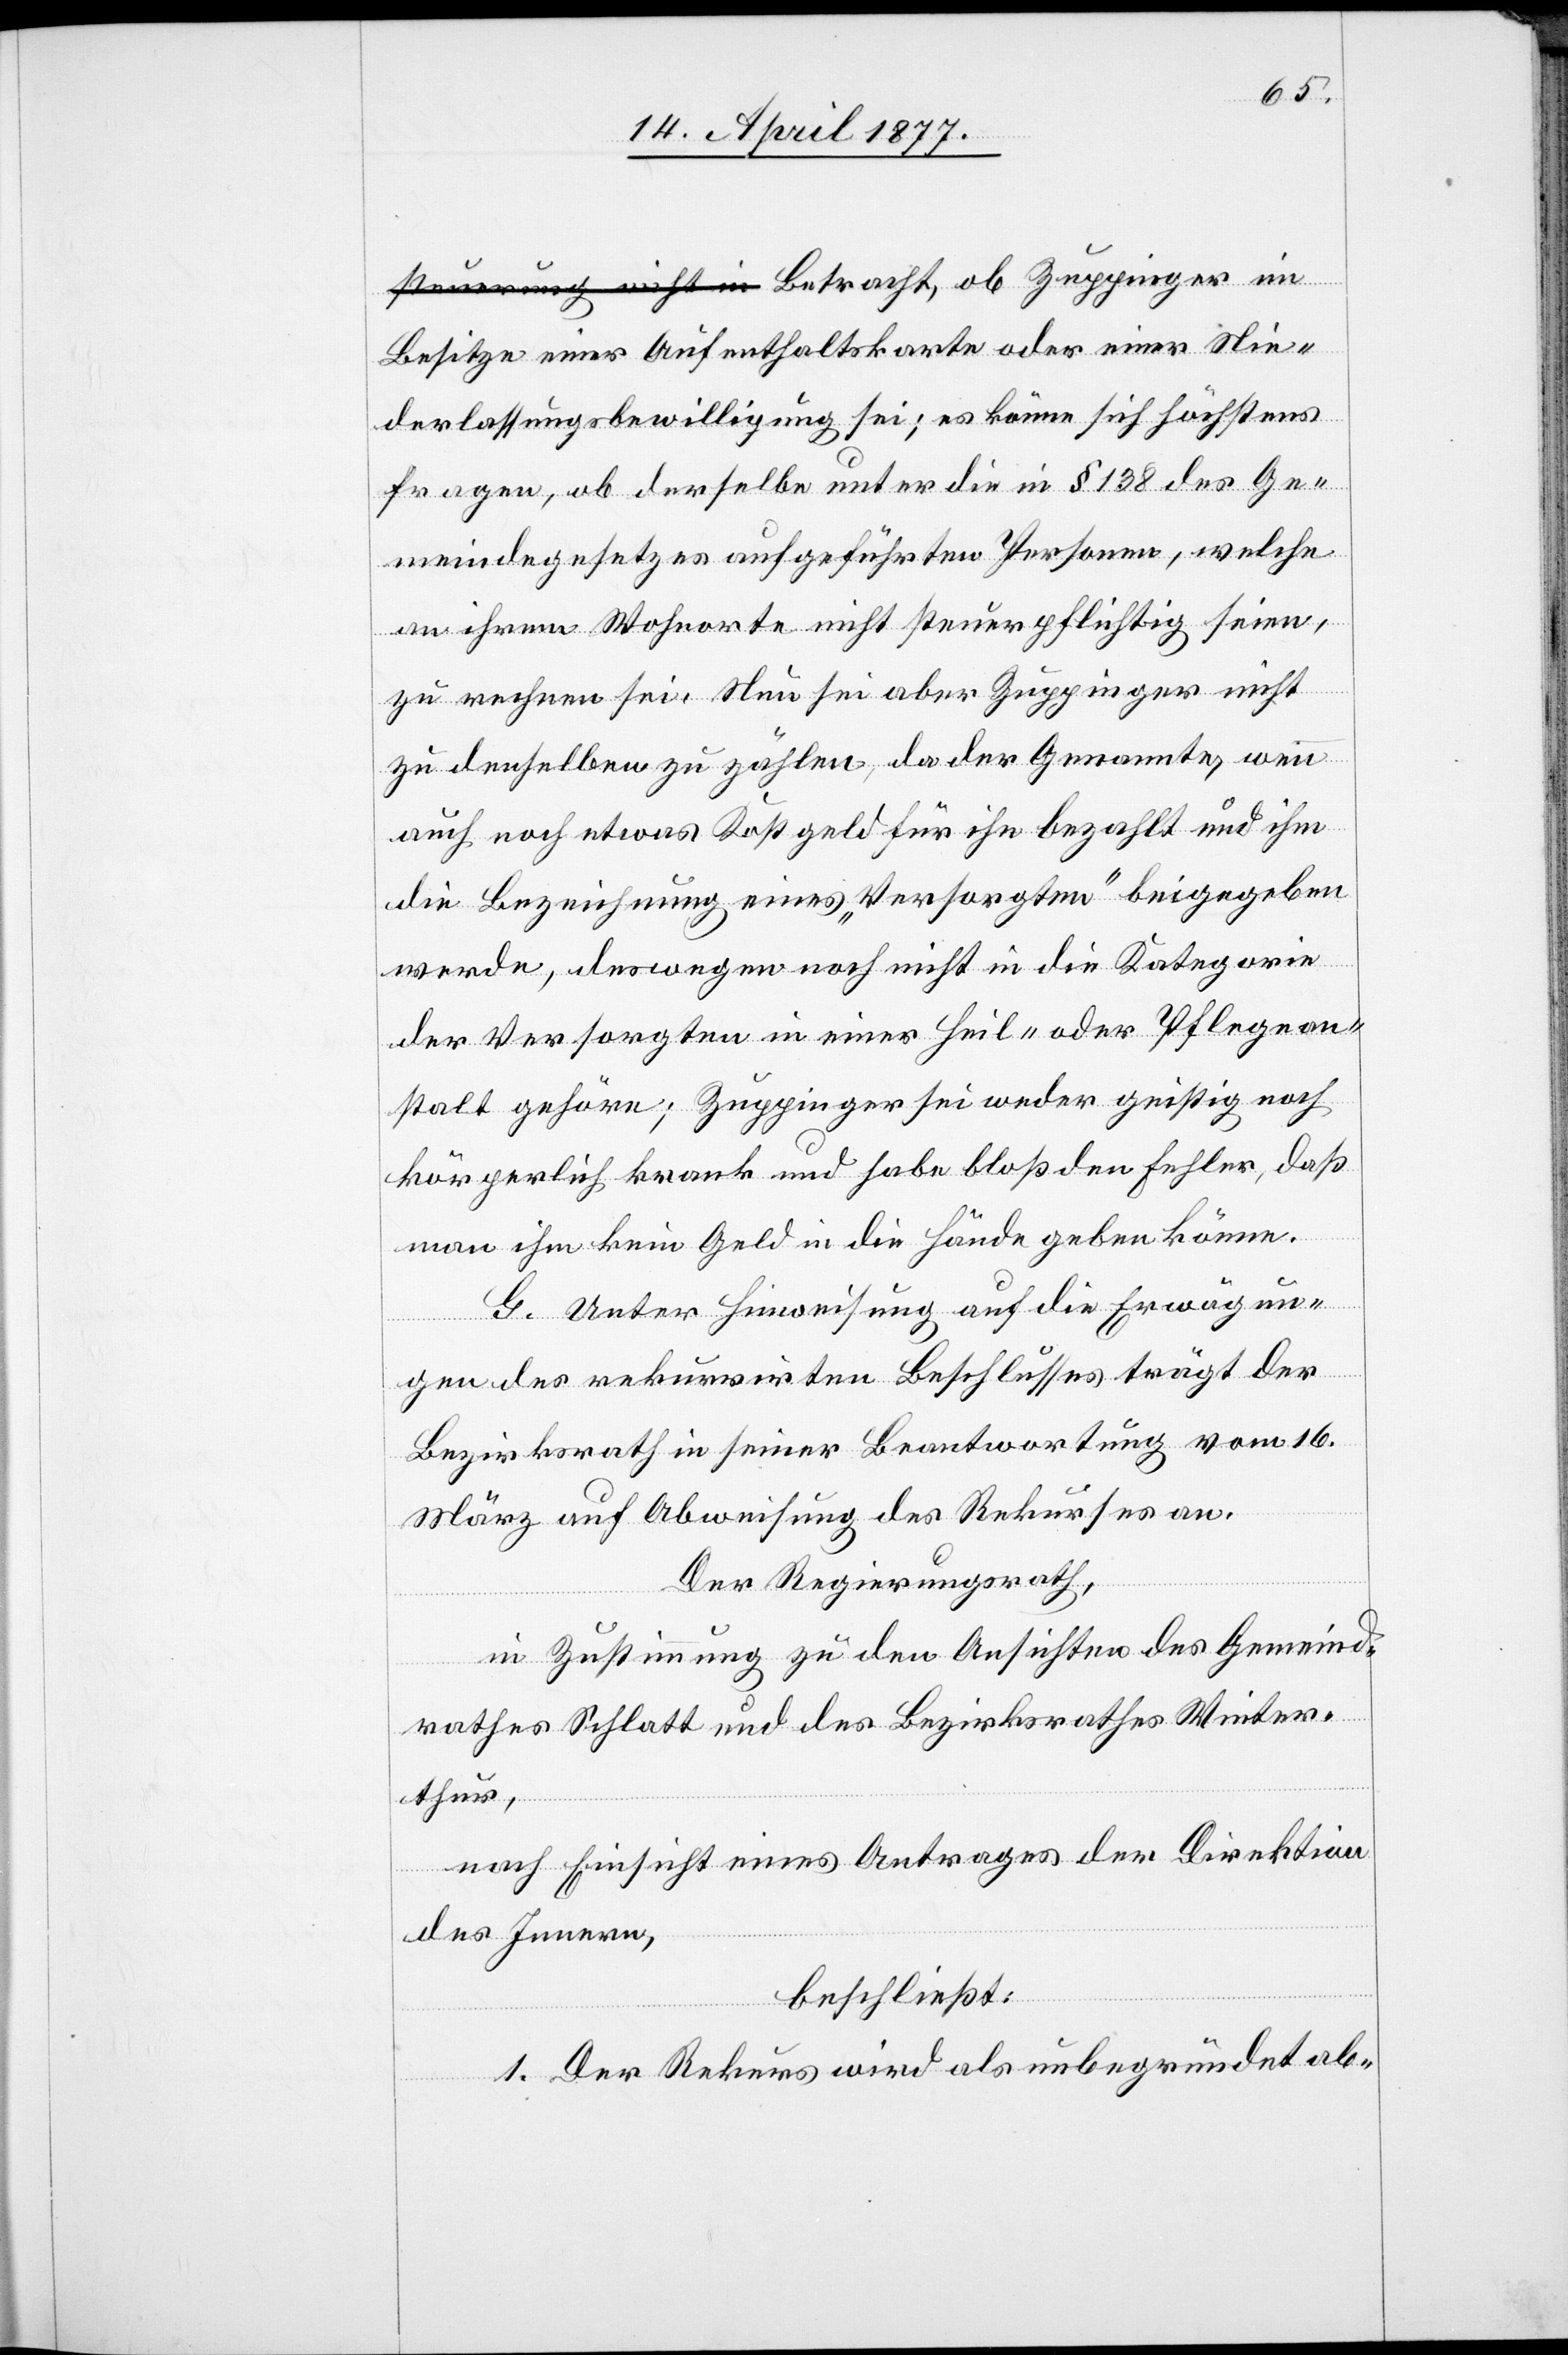
Besitze einer Aufenthaltskarte oder einer Nie¬
derlassungsbewilligung sei; es könne sich höchstens
fragen, ob derselbe unter die in § 138 des Ge¬
meindegesetzes aufgeführten Personen, welche
an ihrem Wohnorte nicht steuerpflichtig seien,
zu rechnen sei. Nun sei aber Zuppinger nicht
zu denselben zu zählen, da der Genannte, wenn
auch noch etwas Kostgeld für ihn bezahlt und ihm
die Bezeichnung eines „Versorgten“ beigegeben
werde, deswegen noch nicht in die Kategorie
der Versorgten in einer Heil- oder Pflegean¬
stalt gehöre; Zuppinger sei weder geistig noch
körperlich krank und habe bloß den Fehler, daß
man ihm kein Geld in die Hände geben könne.
G. Unter Hinweisung auf die Erwägun¬
gen des rekurrirten Beschlusses trägt der
Bezirksrath in seiner Beantwortung vom 16.
März auf Abweisung des Rekurses an.
Der Regierungsrath,
in Zustimmung zu den Ansichten des Gemeind¬
rathes Schlatt und des Bezirksrathes Winter¬
thur,
nach Einsicht eines Antrages der Direktion
des Innern,
beschließt:
1. Der Rekurs wird als unbegründet ab-